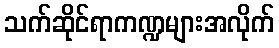
သက်ဆိုင်ရာကဏ္ဍများအလိုက်